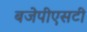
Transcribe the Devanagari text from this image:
बजेपीएसटी